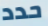
حدد